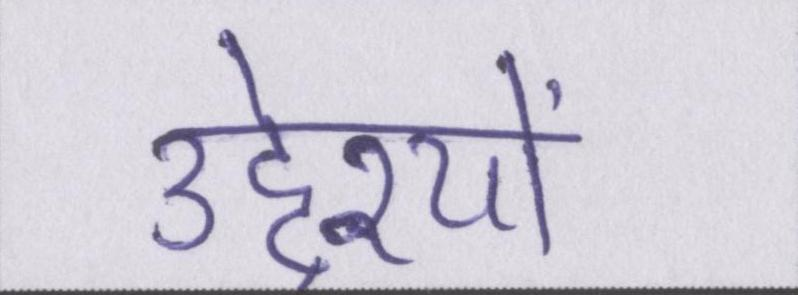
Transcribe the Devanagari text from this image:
उद्देश्यों